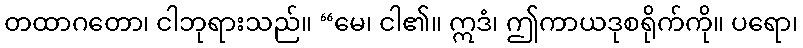
တထာဂတော၊ ငါဘုရားသည်။ “မေ၊ ငါ၏။ ဣဒံ၊ ဤကာယဒုစရိုက်ကို။ ပရော၊